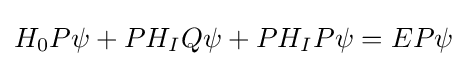
H_{0}P\psi +PH_{I}Q\psi +PH_{I}P\psi =EP\psi